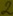
Text: 2